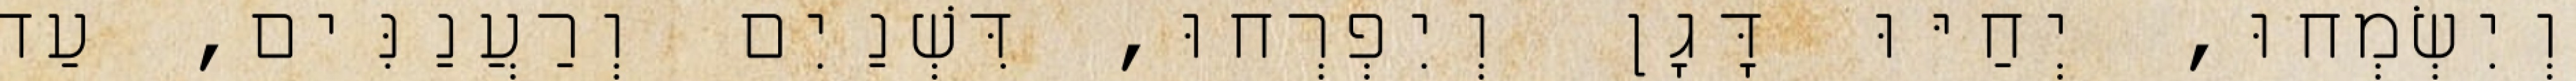
וְיִשְׂמְחוּ, יְחַיּוּ דָּגָן וְיִפְרְחוּ, דִּשְׁנַיִם וְרַעֲנַנִּים, עַד